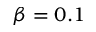
\beta = 0 . 1